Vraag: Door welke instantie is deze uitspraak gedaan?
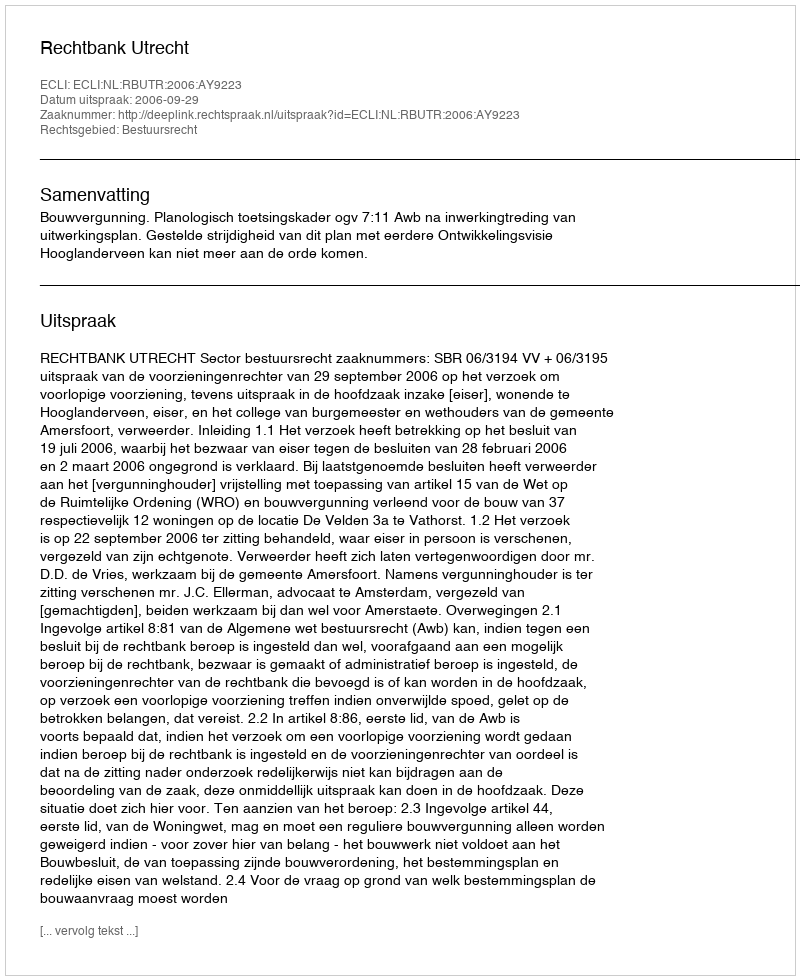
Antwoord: Rechtbank Utrecht